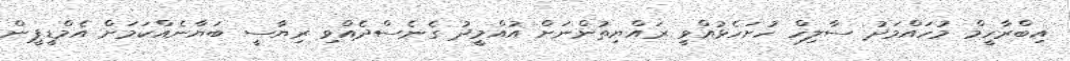
އިބްރާހީމް މުހައްމަދު ސާލިހް ހުށަހެޅުއްވީ ރައްޔިތުންނަށް އުއްމީދު ގެނެސްދެއްވި ރިޔާސީ ބަޔާނެއްކަމަށް އެމްޑީޕީން